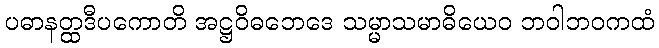
ပဓာနတ္ထဒီပကောတိ အဋ္ဌဝိဓဘေဒေ သမ္မာသမာဓိယေဝ ဘဝါဘဝကထံ